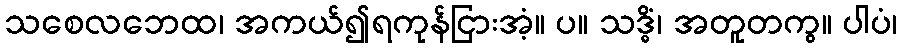
သစေလဘေထ၊ အကယ်၍ရကုန်ငြားအံ့။ ပ။ သဒ္ဓိံ၊ အတူတကွ။ ပါပံ၊